Memorandum on the prevention of leprosy by segregation of the affected
Disease focus: Leprosy
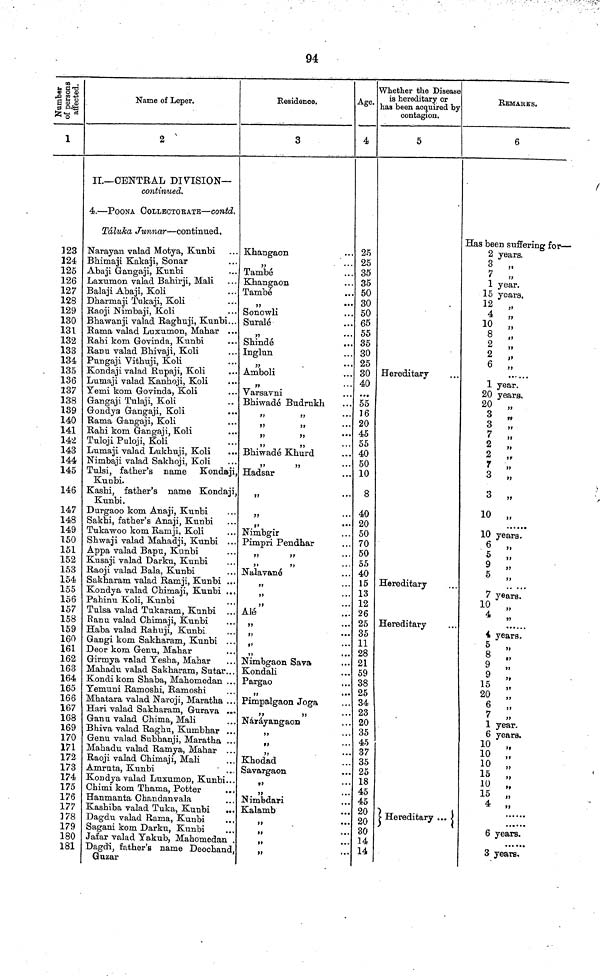
94
Number of persons affected.
1
123
124
125
126
127
128
129
130
131
132
133
134
135
136
137
138
139
140
141
142
143
144
145
146
147
148
149
150
151
152
153
154
155
156
157
158
159
160
161
162
163
164
165
166
167
168
169
170
171
172
173
174
175
176
177
178
179
180
181
Name of Leper.
2
II—CENTRAL DIVISION—
continued.
4.—POONA COLLECTORATE—Contd.
Táuka Junnar—continued,
Narayan valad Motya, Kunbi
Bhimaji Kaka,ji, Sonar
Abaji Gangaji, Kunbi
Laxumon valad Bahirji, Mali
Balaji Abaji, Koli
Dharmaji Tukaji, Koli
Raoji Nimbaji, Koli
Bhawanji valad Raghuji, Kunbi...
Rama valad Luxumon, Mahar ...
Rahi kom Govinda, Kunbi
Ranu valad Bhivaji, Koli
Pungaji Vithuji, Koli
Kondaji valad Rupaji, Koli
Lumaji valad Kanhoji, Koli
Yemi kom Govinda, Koli
Gangaji Tulaji, Koli
Gondya Gangaji, Koli
Rama Gangaji, Koli
Rahi kom Gangaji, Koli
Tuloji Puloji, Koli
Lumaji valad Lukhuji, Koli
...
Nimbaji valad Sakhoji, Koli
Tulsi, father's name Kondaji,
Kunbi.
Kashi, father's name Kondaji,
Kunbi.
Durgaoo kom Anaji, Kunbi
Sakhi, father's Anaji, Kunbi
Tukawoo kom Ramji, Koli
Shwaji valad Mahadji, Kunbi ...
Appa valad Bapu, Kunbi
Kusaji valad Darku, Kunbi
Raoji valad Bala, Kunbi
Sakharam valad Ramji, Kunbi ...
Kondya valad Chimaji, Kunbi ...
Pahinu Koli, Kunbi
Tulsa valad Tukaram, Kunbi
Ranu valad Chimaji, Kunbi
Haba valad Rahuji, Kunbi
Gangi kom Sakharam, Kunbi ...
Deor kom Genu, Mahar
Girmya valad Tesha, Mahar
Mahadu valad Sakharam, Sutar...
Kondi kom Shaba, Mahomedan ...
Yemuni Ramoshi, Ramoshi
Mhatara valad Naroji, Maratha ..
Hari valad Sakharam, Gurava ...
Ganu valad Chima, Mali
Bhiva valad Raghu, Kumbhar ..
Genu valad Subhanji, Maratha ..
Mahadu valad Ramya, Mahar ..
Raoji valad Chimaji, Mali
Amruta, Kunbi
Kondya valad Luxumon, Kunbi..
Chimi kom Thama, Potter
Hanmanta Chandanvala
Kashiba valad Tuka, Kunbi
...
Dagdu valad Rama, Kunbi
Sagani kom Darku, Kunbi
Jafar valad Yakub, Mahomedan
Dagdi, father's name Deochand
Guzar
Residence.
3
Khangaon
,,
...
També
Khangaon
També
"
Sonowli
Suralé
,,
...
Shindé
Inglun
„
Amboli
"
...
Varsavni
Bhiwadé Budrukh
" "
" "
" "
Bhiwadé Khurd
Hadsar
"
...
"
Nimbgir
Pimpri Pendhar
" "
"
Nalavané
"
"
...
"
Alé
"
...
"
•••
ft
• • •
"
• • •
Nimbgaon Sava
Kondali
Pargao
"
Pimpalgaon Joga
Náráyangaon
"
"
Khodad
Savargaon
"
Nimbdari
Kalamb
...
"
"
"
"
Age.
4
25
25
35
35
50
30
50
65
55
35
30
25
30
40
55
16
20
45
55
40
50
10
8
40
20
50
70
50
55
40
15
13
12
26
25
35
11
28
21
59
38
25
34
23
20
35
45
37
35
25
18
45
45
20
20
30
14
14
Whether the Disease
is hereditary or
has been acquired by
contagion.
5
Hereditary-
Hereditary
Hereditary
Hereditary
"
REMARKS.
6
Has been suffering for—
2 years.
3
"
7 „
1 year.
15 years.
12 „
4 „
10 „
8 „
2
"
2 „
6 ,,
1 year.
20 years.
20 „
3 „
3 „
7
„
2 „
2 „
7 „
3 „
3 „
10 „
10 years.
6
"
5
"
9
„
5
„
7 years.
!0
,,
4 years.
5
,,
,,
8 „
9 „
9
15 ,,
20
„
6 „
7
„
1 year.
6 years.
o
10
10 „
15 „
10 „
15 „
4 4 ,,
6 years.
3 years.